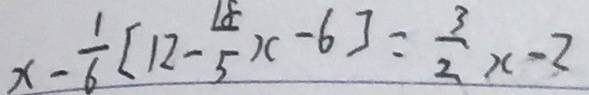
x - \frac { 1 } { 6 } [ 1 2 - \frac { 1 8 } { 5 } x - 6 ] = \frac { 3 } { 2 } x - 2